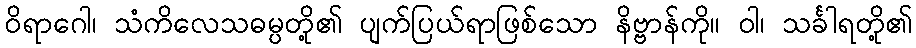
ဝိရာဂေါ၊ သံကိလေသဓမ္ပတို့၏ ပျက်ပြယ်ရာဖြစ်သော နိဗ္ဗာန်ကို။ ဝါ၊ သင်္ခါရတို့၏